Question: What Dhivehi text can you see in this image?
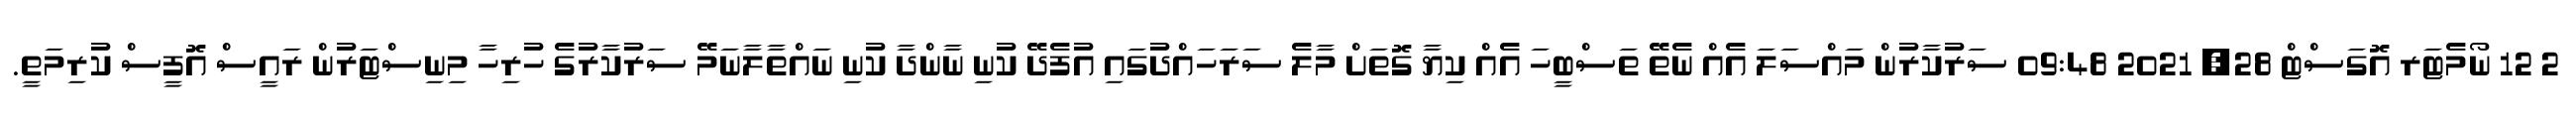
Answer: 2 12 ނޯމެޓަރ އޮގަސްޓް 28, 2021 09:48 ސަރުކާރުން މައްސަލަ އެއް ނެތޭ ތަސްބީހަ އެއް ކިޔާ ގޮތަށް މާލެ ސަރަހައްދުގައި އުފެދޭ ކުނި ނާންދާ ކުނި ނައްތާލާނަމޭ ސަރުކާރުގެ ހުރިހާ މިނިސްޓަރުން ރައީސް އޮފީސް ކުރިމަތީ.